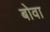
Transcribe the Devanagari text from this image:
बोवा